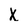
Character: x